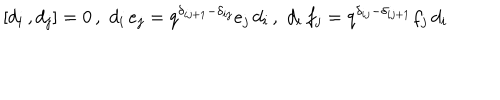
[ d _ { i } \, , d _ { j } ] = 0 \, , \, \, d _ { i } \, e _ { j } = q ^ { { \delta } _ { i j + 1 } - { \delta } _ { i j } } e _ { j } \, d _ { i } \, , \, \, d _ { i } \, f _ { j } = q ^ { { \delta } _ { i j } - { \delta } _ { i j + 1 } } f _ { j } \, d _ { i }